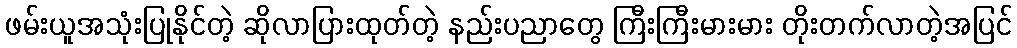
ဖမ်းယူအသုံးပြုနိုင်တဲ့ ဆိုလာပြားထုတ်တဲ့ နည်းပညာတွေ ကြီးကြီးမားမား တိုးတက်လာတဲ့အပြင်